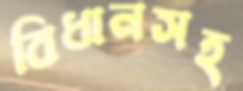
বিধানসহ